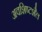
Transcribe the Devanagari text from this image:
अवशिष्टशैल